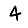
Digit: 4